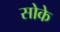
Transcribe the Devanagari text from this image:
सोके